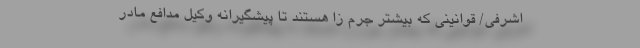
اشرفی/ قوانینی که بیشتر جرم زا هستند تا پیشگیرانه وکیل مدافع مادر